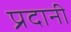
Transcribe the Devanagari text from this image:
प्रदानी